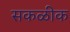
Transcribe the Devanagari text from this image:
सकळीक